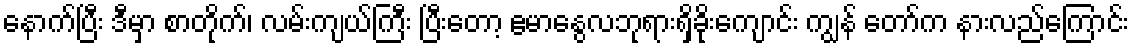
နောက်ပြီး ဒီမှာ စာတိုက်၊ လမ်းကျယ်ကြီး ပြီးတော့ ဧမာနွေလဘုရားရှိခိုးကျောင်း ကျွန် တော်က နားလည်ကြောင်း